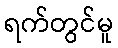
ရက်တွင်မူ